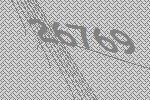
26769